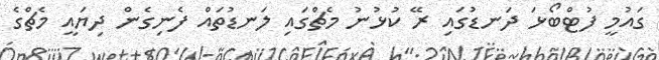
ގައުމީ ފުޓްބޯޅަ ދަނޑުގައި ރޭ ކުޅުނު މެޗްގައި ލަނޑުތައް ފެނިގެން ދިޔައީ މެޗްގެ